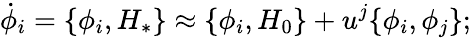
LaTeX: \dot{\phi}_{i}=\{ \phi_{i},H_{*}\} \approx\{ \phi_{i},H_{0}\} +u^{j}\{ \phi_{i},\phi_{j}\} ;